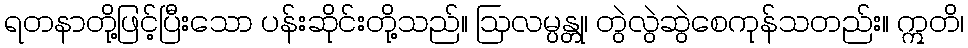
ရတနာတို့ဖြင့်ပြီးသော ပန်းဆိုင်းတို့သည်။ ဩလမ္ပန္တု၊ တွဲလွဲဆွဲစေကုန်သတည်း။ ဣတိ၊